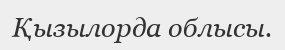
Қызылорда облысы.